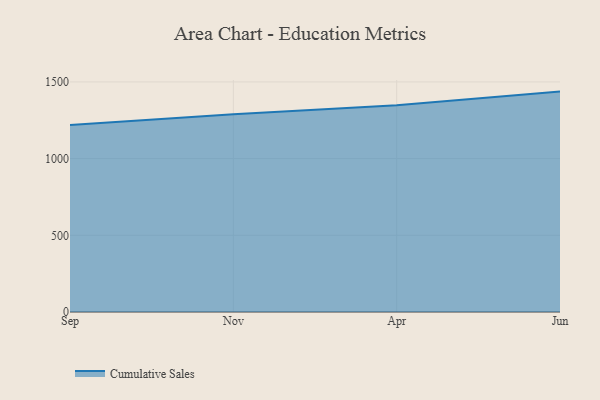
{"axis": {"x": "Month", "y": "Latency (ms)"}, "legend": ["Cumulative Sales"], "data": [{"x": "Sep", "y": 1219.6, "type": "Cumulative Sales"}, {"x": "Nov", "y": 1289.1, "type": "Cumulative Sales"}, {"x": "Apr", "y": 1347.7, "type": "Cumulative Sales"}, {"x": "Jun", "y": 1436.8, "type": "Cumulative Sales"}]}